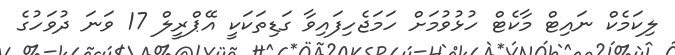
ލިކަމެކް ނައިޓް މާކެޓް ހުޅުވުމަށް ހަމަޖެހިފައިވާ ގަޑިތަކަކީ އޭޕްރީލް 17 ވަނަ ދުވަހުގެ